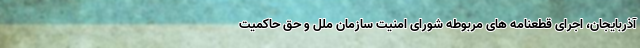
آذربایجان، اجرای قطعنامه های مربوطه شورای امنیت سازمان ملل و حق حاکمیت